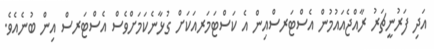
އަދި ފަރުނީޗަރު ރާއްޖެއައުމުން އެސްޓަރސްއިން އެ ކަސްޓަމަރއަކަށް ގުޅާނެކަމަށްވެސް އެސްޓަރސް އިން ބުނެއެވެ.